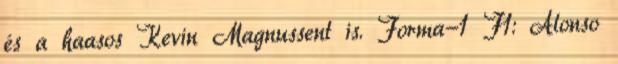
és a haasos Kevin Magnussent is. Forma-1 F1: Alonso